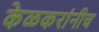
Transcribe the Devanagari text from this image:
केळकरांनीच